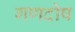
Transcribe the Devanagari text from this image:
गणदोष